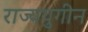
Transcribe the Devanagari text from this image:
राज्ययुगीन